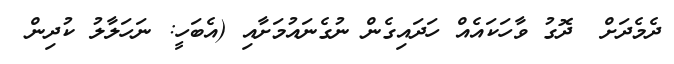
ދެމެދަށް  ދޮގު ވާހަކައެއް ހަދައިގެން ނުގެނައުމަށާއި (އެބަހީ: ނަހަލާލު ކުދިން